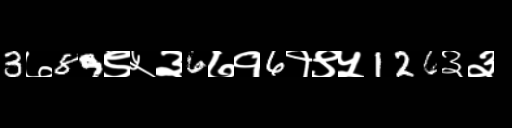
Text: 3७89९५३6७१6१९५126३३